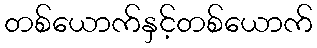
တစ်ယောက်နှင့်တစ်ယောက်